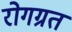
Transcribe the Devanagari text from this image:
रोगग्रत